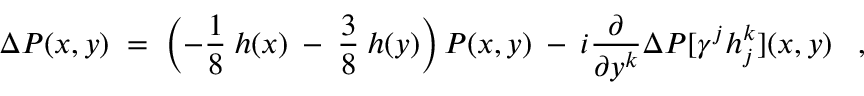
\Delta P ( x , y ) \; = \; \left( - \frac { 1 } { 8 } \: h ( x ) \: - \: \frac { 3 } { 8 } \: h ( y ) \right) P ( x , y ) \: - \: i \frac { \partial } { \partial y ^ { k } } \Delta P [ \gamma ^ { j } h _ { j } ^ { k } ] ( x , y ) \; \; \; ,